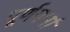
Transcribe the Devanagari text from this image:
पूर्णगर्भा